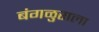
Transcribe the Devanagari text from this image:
बंगळुराला